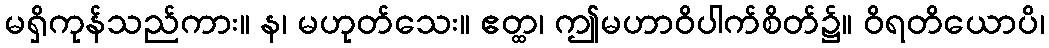
မရှိကုန်သည်ကား။ န၊ မဟုတ်သေး။ ဧတ္ထ၊ ဤမဟာဝိပါက်စိတ်၌။ ဝိရတိယောပိ၊